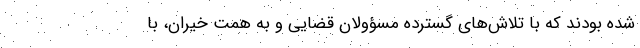
شده بودند که با تلاش‌های گسترده مسؤولان قضایی و به همت خیران، با